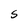
Character: S